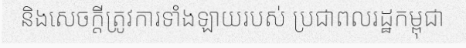
និងសេចក្តីត្រូវការទាំងឡាយរបស់ ប្រជាពលរដ្ឋកម្ពុជា